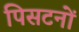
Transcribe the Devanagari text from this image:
पिसटनों